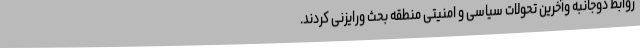
روابط دوجانبه وآخرین تحولات سیاسی و امنیتی منطقه بحث ورایزنی کردند.